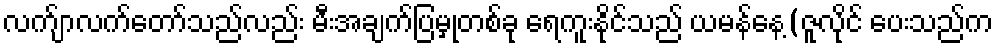
လက်ျာလက်တော်သည်လည်း မီးအချက်ပြမှုတစ်ခု ရေကူးနိုင်သည် ယမန်နေ့(ဇူလိုင် ပေးသည်က